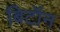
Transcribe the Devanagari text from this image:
बिटॉन